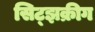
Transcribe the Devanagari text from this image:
सिट्झक्रीग